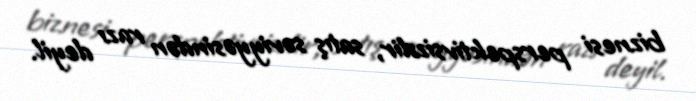
biznesi perspektivsizdir, satış səviyyəsindən razı deyil.